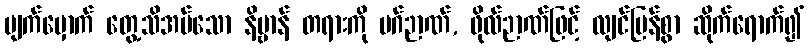
မျက်မှောက် တွေ့သိအပ်သော နိဗ္ဗာန် တရားကို မဂ်ဉာဏ်, ဖိုလ်ဉာဏ်ဖြင့် လျင်မြန်စွာ ဆိုက်ရောက်၍